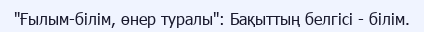
"Ғылым-білім, өнер туралы": Бақыттың белгісі - білім.